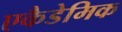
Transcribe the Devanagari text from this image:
एकैडेमिक